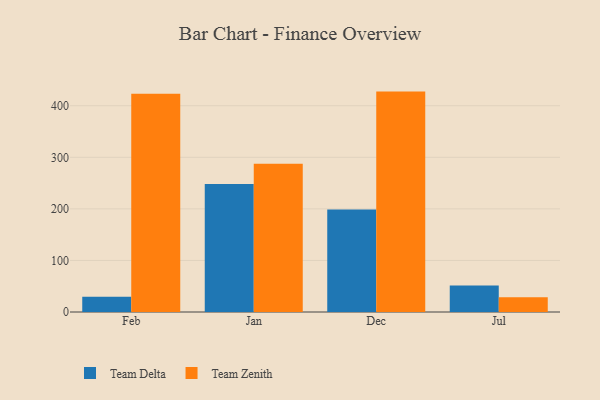
{"axis": {"x": "Month", "y": "Latency (ms)"}, "legend": ["Team Delta", "Team Zenith"], "data": [{"x": "Feb", "y": 29.8, "type": "Team Delta"}, {"x": "Feb", "y": 423.3, "type": "Team Zenith"}, {"x": "Jan", "y": 248.2, "type": "Team Delta"}, {"x": "Jan", "y": 287.5, "type": "Team Zenith"}, {"x": "Dec", "y": 198.9, "type": "Team Delta"}, {"x": "Dec", "y": 427.4, "type": "Team Zenith"}, {"x": "Jul", "y": 51.6, "type": "Team Delta"}, {"x": "Jul", "y": 28.8, "type": "Team Zenith"}]}